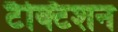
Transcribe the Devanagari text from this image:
टैक्टिशन